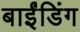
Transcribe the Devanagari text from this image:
बाईंडिंग